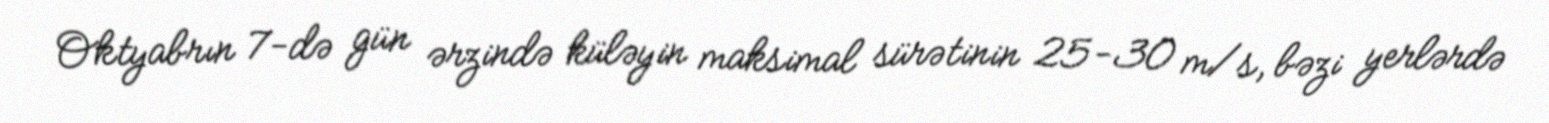
Oktyabrın 7-də gün ərzində küləyin maksimal sürətinin 25-30 m/s, bəzi yerlərdə